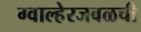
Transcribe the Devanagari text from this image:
ग्वाल्हेरजवळची